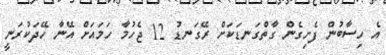
އެ ހިސާބުން ފެށިގެން ގާތްގަނޑަކަށް ރޭގަނޑު 12 ޖެހުމާ ހަމައަށް އޭނާ ހޭދަކުރަނީ